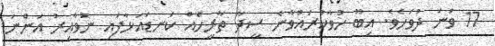
17 ވަނަ ދުވަހެވެ. އިބޫ ހުވާކުރައްވާނެ ސީދާ ތާރީހެއް ކަނޑައަޅާފައި ނުވާއިރު އަންނަ